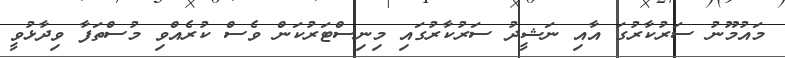
މައުމޫނު ސަރުކާރުގަ އާއި ނަޝީދު ސަރުކާރުގައި މިނިސްޓަރުކަން ވެސް ކުރެއްވި މުސްތަފާ ވިދާޅުވީ